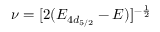
\nu = [ 2 ( E _ { 4 d _ { 5 / 2 } } - E ) ] ^ { - \frac { 1 } { 2 } }